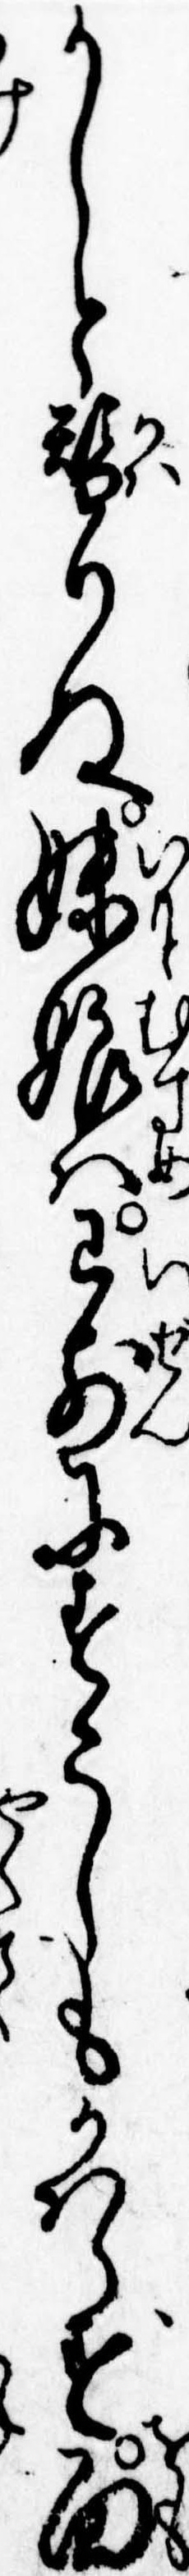
かしと替りぬ妹娘は已前にすこしもかはらず面